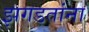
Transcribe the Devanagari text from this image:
झगडतांना